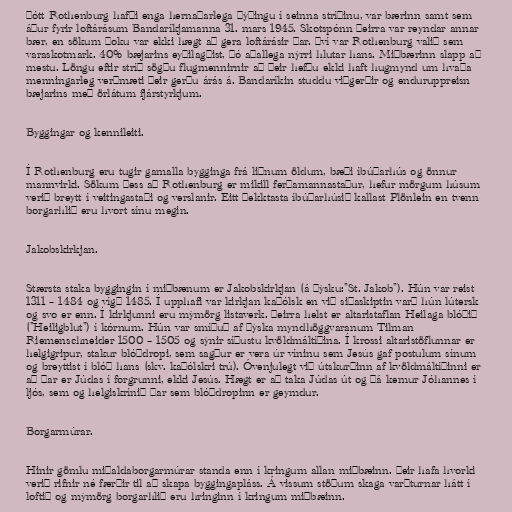
Þótt Rothenburg hafði enga hernaðarlega þýðingu í seinna stríðinu, var bærinn samt sem
áður fyrir loftárásum Bandaríkjamanna 31. mars 1945. Skotspónn þeirra var reyndar annar
bær, en sökum þoku var ekki hægt að gera loftárásir þar. Því var Rothenburg valið sem
varaskotmark. 40% bæjarins eyðilagðist, þó aðallega nýrri hlutar hans. Miðbærinn slapp að
mestu. Löngu eftir stríð sögðu flugmennirnir að þeir hefðu ekki haft hugmynd um hvaða
menningarleg verðmæti þeir gerðu árás á. Bandaríkin studdu viðgerðir og enduruppreisn
bæjarins með örlátum fjárstyrkjum.

Byggingar og kennileiti.

Í Rothenburg eru tugir gamalla bygginga frá liðnum öldum, bæði íbúðarhús og önnur
mannvirki. Sökum þess að Rothenburg er mikill ferðamannastaður, hefur mörgum húsum
verið breytt í veitingastaði og verslanir. Eitt þekktasta íbúðarhúsið kallast Plönlein en tvenn
borgarhlið eru hvort sínu megin.

Jakobskirkjan.

Stærsta staka byggingin í miðbænum er Jakobskirkjan (á þýsku:"St. Jakob"). Hún var reist
1311 – 1484 og vígð 1485. Í upphafi var kirkjan kaþólsk en við siðaskiptin varð hún lútersk
og svo er enn. Í kirkjunni eru mýmörg listaverk. Þeirra helst er altaristaflan Heilaga blóðið
("Heiligblut") í kórnum. Hún var smíðuð af þýska myndhöggvaranum Tilman
Riemenschneider 1500 – 1505 og sýnir síðustu kvöldmáltíðina. Í krossi altaristöflunnar er
helgigripur, stakur blóðdropi, sem sagður er vera úr víninu sem Jesús gaf postulum sínum
og breyttist í blóð hans (skv. kaþólskri trú). Óvenjulegt við útskurðinn af kvöldmáltíðinni er
að þar er Júdas í forgrunni, ekki Jesús. Hægt er að taka Júdas út og þá kemur Jóhannes í
ljós, sem og helgiskrínið þar sem blóðdropinn er geymdur.

Borgarmúrar.

Hinir gömlu miðaldaborgarmúrar standa enn í kringum allan miðbæinn. Þeir hafa hvorki
verið rifnir né færðir til að skapa byggingapláss. Á vissum stöðum skaga varðturnar hátt í
loftið og mýmörg borgarhlið eru hringinn í kringum miðbæinn.